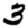
Digit: 3